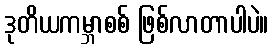
ဒုတိယကမ္ဘာစစ် ဖြစ်လာတာပါပဲ။